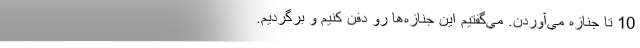
10 تا جنازه مي‌آوردن. مي‌گفتيم اين جنازه‌ها رو دفن كنيم و برگرديم.